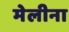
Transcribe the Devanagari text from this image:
मेलीना